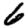
Digit: 6